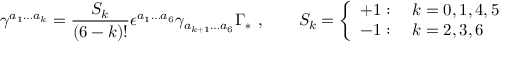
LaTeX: \gamma ^ { a _ { 1 } \ldots a _ { k } } = \frac { S _ { k } } { ( 6 - k ) ! } \epsilon ^ { a _ { 1 } \ldots a _ { 6 } } \gamma _ { a _ { k + 1 } \ldots a _ { 6 } } \Gamma _ { * } \ , \qquad S _ { k } = \left\{ \begin{array} { l } { { + 1 : \quad k = 0 , 1 , 4 , 5 } } \\ { { - 1 : \quad k = 2 , 3 , 6 } } \end{array} \right.